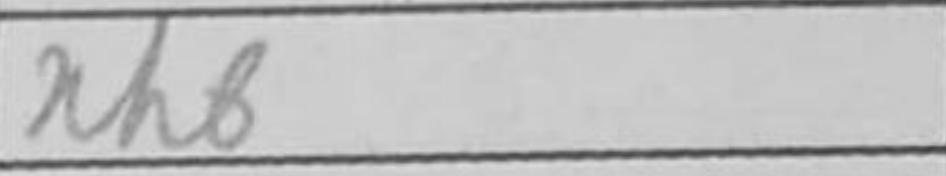
Transcription: Kf5